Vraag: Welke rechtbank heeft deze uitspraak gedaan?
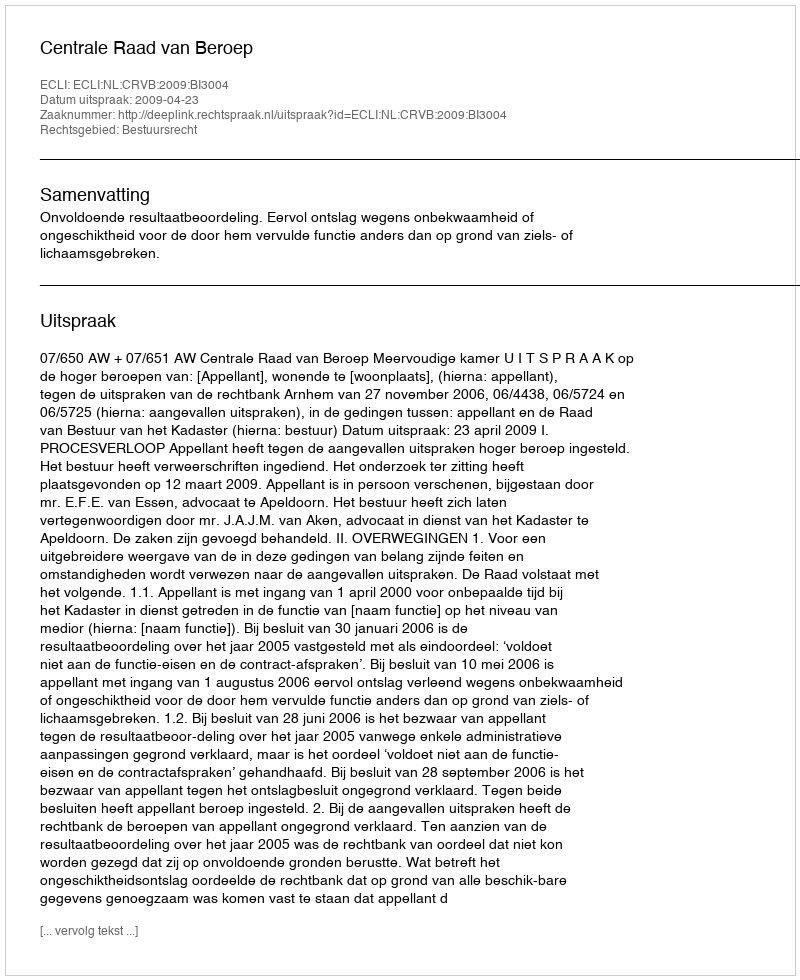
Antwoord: Centrale Raad van Beroep